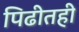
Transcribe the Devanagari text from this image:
पिढीतही